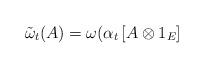
LaTeX: \begin{align*}\tilde{\omega}_{t}(A)=\omega (\alpha _{t}\left[ A\otimes 1_{E}\right]\end{align*}